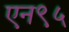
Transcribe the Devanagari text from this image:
एन९५